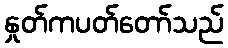
နှုတ်ကပတ်တော်သည်